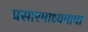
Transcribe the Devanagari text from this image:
प्रसारमाध्यमाचा